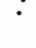
: